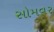
સોમવર